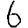
Digit: 6